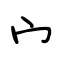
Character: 宀